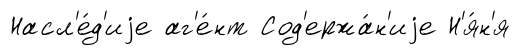
Насл'е́д'иjе аг'е́нт Сод'ержа́н'иjе Н'я́н'я